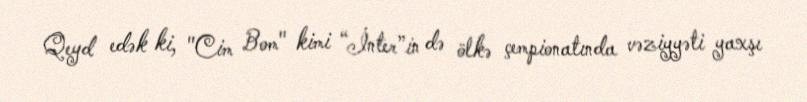
Qeyd edək ki, "Cim Bom" kimi “İnter”in də ölkə çempionatında vəziyyəti yaxşı